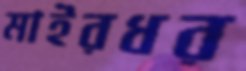
মাইরধর